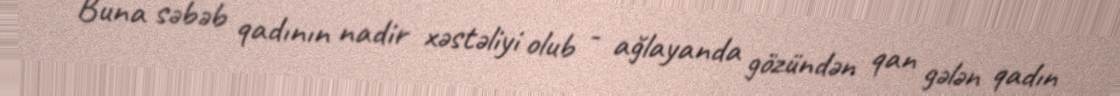
Buna səbəb qadının nadir xəstəliyi olub - ağlayanda gözündən qan gələn qadın